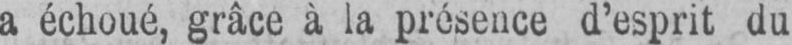
a échoué, grâce à la présence d’esprit du